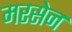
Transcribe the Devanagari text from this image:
मरसेन